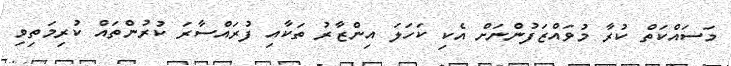
މަސައްކަތް ކުރާ މުވައްޒަފުންނަށް އެކި ކަހަލަ އިންޒާރު ތަކާއި ފުރައްސާރަ ކުރުންތައް ކުރިމަތިވި